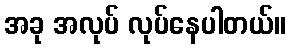
အခု အလုပ် လုပ်နေပါတယ်။